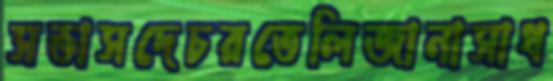
সভাসদেচরতেলিজানাসাধ